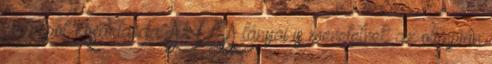
metropol Kosárlabda. Az USA lányai is menetelnek az olimpián